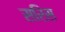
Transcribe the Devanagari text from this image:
सरिस